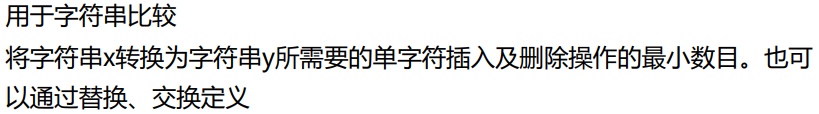
用于字符串比较
将字符串x转换为字符串y所需要的单字符插入及删除操作的最小数目。也可以通过替换、交换定义